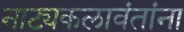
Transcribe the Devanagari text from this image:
नाट्यकलावंतांना